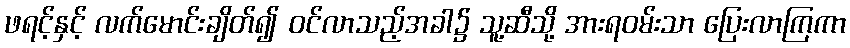
ဖရင့်နှင့် လက်မောင်းချိတ်၍ ဝင်လာသည့်အခါ၌ သူ့ဆီသို့ အားရဝမ်းသာ ပြေးလာကြကာ